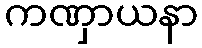
ကဏှာယနာ